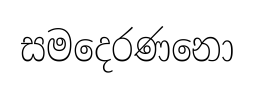
සමදෙරණනො